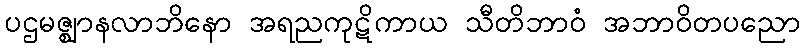
ပဌမဇ္ဈာနလာဘိနော အရညကုဋိကာယ သီတိဘာဝံ အဘာဝိတပညော